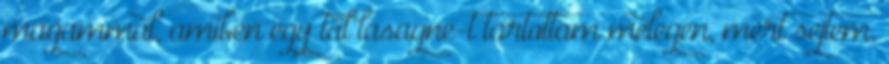
magammal, amiben egy tál lasagne-t tartottam melegen, mert sejtem,